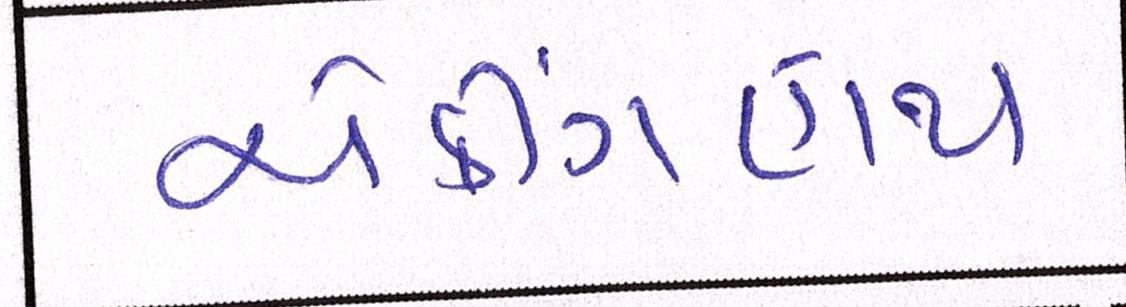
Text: ચેકીંગહાથ